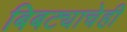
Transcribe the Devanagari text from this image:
बिबट्याचेही